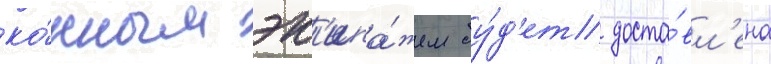
ко́нным эк'ипа́жем бу́д'ет доста́вл'ена